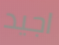
اجيد